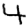
Digit: 4